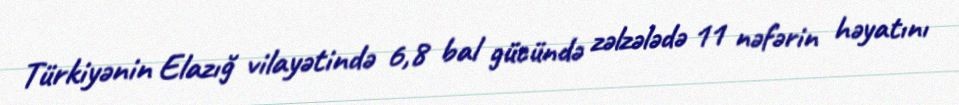
Türkiyənin Elazığ vilayətində 6,8 bal gücündə zəlzələdə 11 nəfərin həyatını